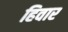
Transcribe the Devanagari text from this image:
हिवार